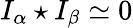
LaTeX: I_{\alpha}\star I_{\beta}\simeq 0